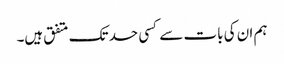
ہم ان کی بات سے کسی حد تک متفق ہیں۔